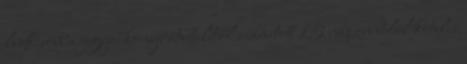
legkésőbb a jegyzőkönyv átvételétől számított 15 napon belül köteles